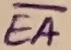
Text: EA